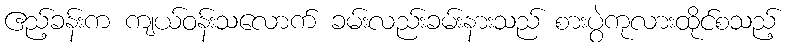
ဧည့်ခန်းက ကျယ်ဝန်းသလောက် ခမ်းလည်းခမ်းနားသည် စားပွဲကုလားထိုင်စသည့်